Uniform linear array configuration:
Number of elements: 4
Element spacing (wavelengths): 0.5
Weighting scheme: hamming
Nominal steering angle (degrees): -45
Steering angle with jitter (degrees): -43.8
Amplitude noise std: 0.05
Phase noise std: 0.05

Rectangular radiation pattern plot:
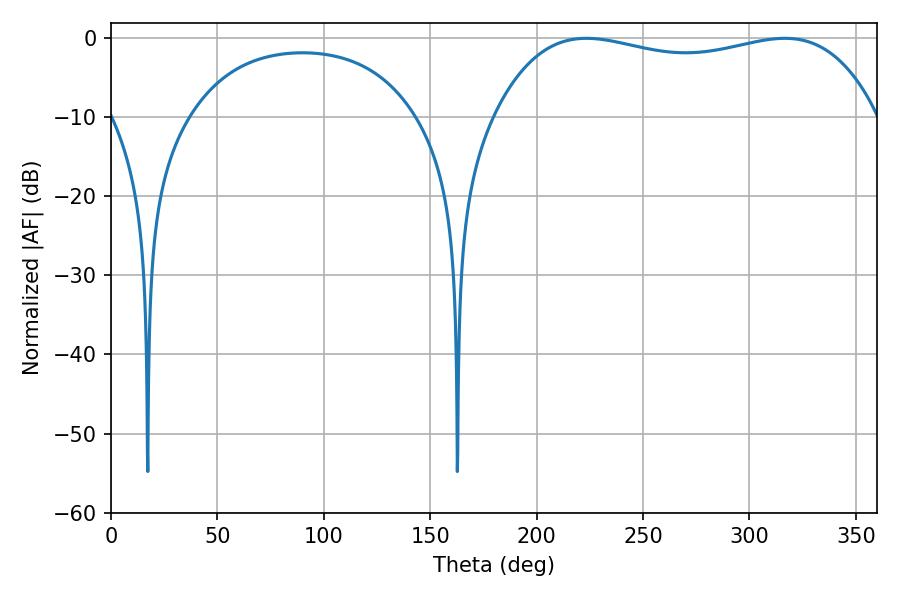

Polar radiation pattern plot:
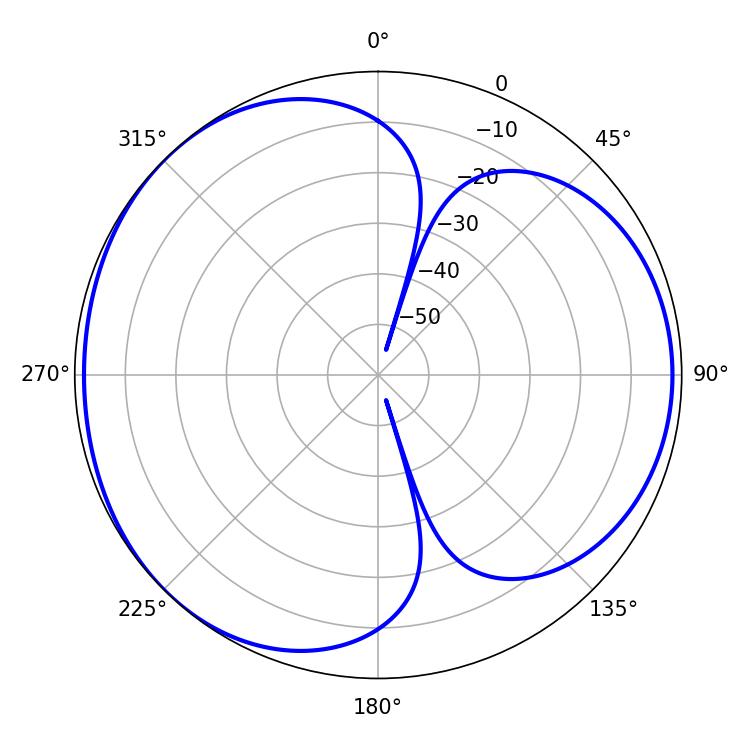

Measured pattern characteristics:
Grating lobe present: FALSE
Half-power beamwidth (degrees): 146.16
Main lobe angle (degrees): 223.38